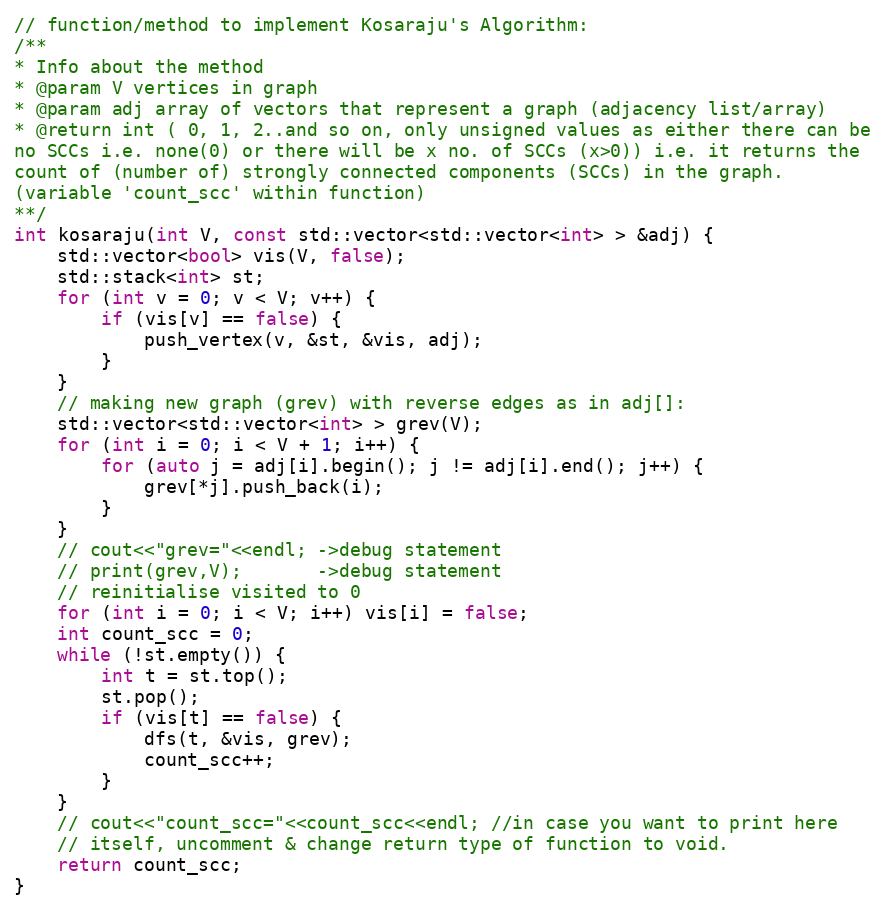
Language: C++
// function/method to implement Kosaraju's Algorithm:
/**
* Info about the method
* @param V vertices in graph
* @param adj array of vectors that represent a graph (adjacency list/array)
* @return int ( 0, 1, 2..and so on, only unsigned values as either there can be
no SCCs i.e. none(0) or there will be x no. of SCCs (x>0)) i.e. it returns the
count of (number of) strongly connected components (SCCs) in the graph.
(variable 'count_scc' within function)
**/
int kosaraju(int V, const std::vector<std::vector<int> > &adj) {
    std::vector<bool> vis(V, false);
    std::stack<int> st;
    for (int v = 0; v < V; v++) {
        if (vis[v] == false) {
            push_vertex(v, &st, &vis, adj);
        }
    }
    // making new graph (grev) with reverse edges as in adj[]:
    std::vector<std::vector<int> > grev(V);
    for (int i = 0; i < V + 1; i++) {
        for (auto j = adj[i].begin(); j != adj[i].end(); j++) {
            grev[*j].push_back(i);
        }
    }
    // cout<<"grev="<<endl; ->debug statement
    // print(grev,V);       ->debug statement
    // reinitialise visited to 0
    for (int i = 0; i < V; i++) vis[i] = false;
    int count_scc = 0;
    while (!st.empty()) {
        int t = st.top();
        st.pop();
        if (vis[t] == false) {
            dfs(t, &vis, grev);
            count_scc++;
        }
    }
    // cout<<"count_scc="<<count_scc<<endl; //in case you want to print here
    // itself, uncomment & change return type of function to void.
    return count_scc;
}